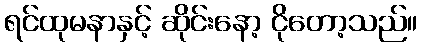
ရင်ထုမနာနှင့် ဆိုင်းနော့ ငိုတော့သည်။